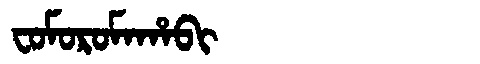
Manchu: ᠸᠣᠮᠣᡵᠣᠮᠠᡥᠠᠪᡳ
Romanization: FOMOROMAHABI